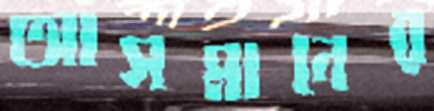
আসমানের